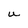
Character: U